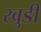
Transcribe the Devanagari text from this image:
खुडी